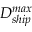
D _ { s h i p } ^ { m a x }